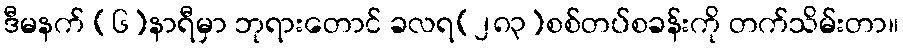
ဒီမနက် (၆)နာရီမှာ ဘုရားတောင် ခလရ(၂၈၃)စစ်တပ်စခန်းကို တက်သိမ်းတာ။